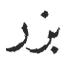
بزر